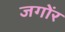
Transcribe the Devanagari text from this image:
जगोंर